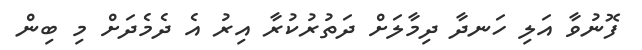
ފޮނުވާ އަލި ހަނދާ ދިމާލަށް ދަތުރުކުރާ އިރު އެ ދެމެދަށް މި ބިން